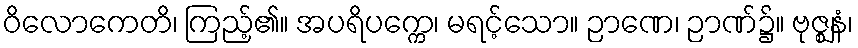
ဝိလောကေတိ၊ ကြည့်၏။ အပရိပက္ကေ၊ မရင့်သော။ ဉာဏေ၊ ဉာဏ်၌။ ဗုဇ္ဈနံ၊